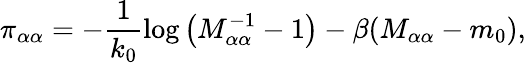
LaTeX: \pi_{\alpha\alpha}=-\frac{1}{k_{0}}\log\left(M_{\alpha\alpha}^{-1}-1\right)-\beta(M_{\alpha\alpha}-m_{0}),